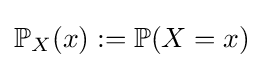
\mathbb {P} _{X}(x):=\mathbb {P} (X=x)